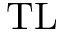
\mathrm { T L }